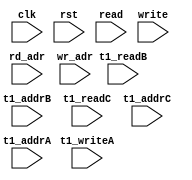
module ip_top_sva_2_smurf_2r1w
  #(
parameter     NUMADDR = 1024,
parameter     BITADDR = 10,
parameter     NUMWRPRT = 1,
parameter     NUMRDPRT = 1)
(
  input clk,
  input rst,
  input [NUMRDPRT-1:0]             read,
  input [NUMRDPRT*BITADDR-1:0]     rd_adr,
  input [NUMWRPRT-1:0]             write,
  input [NUMWRPRT*BITADDR-1:0]     wr_adr,
  input                            t1_readB,
  input [BITADDR-1:0]              t1_addrB,
  input                            t1_readC,
  input [BITADDR-1:0]              t1_addrC,
  input                            t1_writeA, 
  input [BITADDR-1:0]              t1_addrA
);

`ifdef FORMAL
//synopsys translate_off
genvar wr_int;
generate for (wr_int=0; wr_int<NUMWRPRT; wr_int=wr_int+1) begin: wr_loop
  wire write_wire = write >> wr_int;
  wire [BITADDR-1:0] wr_adr_wire = wr_adr >> (wr_int*BITADDR);

  assert_wr_range_check: assume property (@(posedge clk) disable iff (rst) write_wire |-> (wr_adr_wire < NUMADDR));
end
endgenerate

genvar t1_vbnk_int, t1_prpt_int;

genvar rd_int;
generate for (rd_int=0; rd_int<NUMRDPRT; rd_int=rd_int+1) begin: rd_loop
  wire read_wire = read >> rd_int;
  wire [BITADDR-1:0] rd_adr_wire = rd_adr >> (rd_int*BITADDR);

  assert_rd_range_check: assume property (@(posedge clk) disable iff (rst) read_wire |-> (rd_adr_wire < NUMADDR));
end
endgenerate


//synopsys translate_on
`endif
endmodule

module ip_top_sva_smurf_2r1w
#(
  parameter WIDTH = 16,
  parameter BITWDTH = 4,
  parameter NUMRDPRT = 1,
  parameter NUMWRPRT = 1,
  parameter NUMADDR  = 1024,
  parameter BITADDR  = 10,
  parameter SRAM_DELAY = 1,
  parameter FLOPIN    = 0,
  parameter FLOPOUT   = 0
)
(
  input clk,
  input rst,
  input [NUMRDPRT-1:0] read,
  input [NUMRDPRT*BITADDR-1:0] rd_adr,
  input [NUMRDPRT*WIDTH-1:0] rd_dout,
  input [NUMRDPRT-1:0] rd_vld,
  input [NUMWRPRT-1:0] write,
  input [NUMWRPRT*BITADDR-1:0] wr_adr,
  input [NUMWRPRT*WIDTH-1:0] din,
  input [NUMWRPRT*WIDTH-1:0] bw,
  input t1_writeA,
  input [WIDTH-1:0] t1_dinA,
  input [WIDTH-1:0] t1_bwA,
  input [BITADDR-1:0] t1_addrA,
  input t1_readB,
  input [WIDTH-1:0] t1_doutB,
  input [BITADDR-1:0] t1_addrB,
  input t1_readC,
  input [WIDTH-1:0] t1_doutC,
  input [BITADDR-1:0] t1_addrC,
  input [BITADDR-1:0] select_addr,
  input [BITWDTH-1:0] select_bit
);
`ifdef FORMAL
//synopsys translate_off

wire [BITADDR-1:0] wr_adr_wire [0:NUMWRPRT-1];
wire [WIDTH-1:0]   wr_din_wire [0:NUMWRPRT-1];
wire [WIDTH-1:0]   bw_wire [0:NUMWRPRT-1];
genvar wr_var;
generate for (wr_var=0; wr_var<NUMWRPRT; wr_var=wr_var+1) begin : w_loop
  assign bw_wire[wr_var]     = bw[WIDTH*(wr_var+1)-1:WIDTH*wr_var]; 
  assign wr_adr_wire[wr_var] = wr_adr[BITADDR*(wr_var+1)-1: BITADDR*wr_var];
  assign wr_din_wire[wr_var] = din[WIDTH*(wr_var+1)-1:WIDTH*wr_var];
end
endgenerate


reg meminv;
reg mem;
always @(posedge clk) 
  if(rst)
    meminv <= 1'b1;
  else begin 
    if(t1_writeA && t1_bwA[select_bit] && (t1_addrA == select_addr)) begin
      meminv <= 1'b0;
      mem <= t1_dinA[select_bit];
    end
  end

generate if (SRAM_DELAY >0) begin :dp_loop
assert_pdoutB_check: assert property (@(posedge clk) disable iff (rst)
				       (t1_readB && (t1_addrB == select_addr)) |-> ##SRAM_DELAY
                                       ($past(meminv,SRAM_DELAY) || (t1_doutB[select_bit] == $past(mem,SRAM_DELAY))));
assert_pdoutC_check: assert property (@(posedge clk) disable iff (rst)
				       (t1_readC && (t1_addrC == select_addr)) |-> ##SRAM_DELAY
                                       ($past(meminv,SRAM_DELAY) || (t1_doutC[select_bit] == $past(mem,SRAM_DELAY))));
end else begin : ndp_loop
assert_pdoutB_check: assert property (@(posedge clk) disable iff (rst)
				       (t1_readB && (t1_addrB == select_addr)) |-> ##SRAM_DELAY
                                       (meminv || (t1_doutB[select_bit] == mem)));
assert_pdoutC_check: assert property (@(posedge clk) disable iff (rst)
				       (t1_readC && (t1_addrC == select_addr)) |-> ##SRAM_DELAY
                                       (meminv || (t1_doutC[select_bit] == mem)));
end 
endgenerate

reg fakememinv;
reg fakemem;
always @(posedge clk)
  if (rst) 
    fakememinv <= 1'b1;
  else  begin
    for (integer w_int =0 ;w_int <NUMWRPRT; w_int=w_int+1) 
      if (write[w_int] && bw_wire[w_int][select_bit] && (wr_adr_wire[w_int] == select_addr)) begin
        fakememinv <= 1'b0;
        fakemem <= wr_din_wire[w_int][select_bit];
      end
  end

assert_fakemem_check: assert property (@(posedge clk) disable iff (rst) 1'b1 |-> ##1
					   (fakememinv || fakemem == mem));

genvar doutr_int;
generate for (doutr_int=0; doutr_int<NUMRDPRT; doutr_int=doutr_int+1) begin: doutr_loop
  wire read_wire = read >> doutr_int;
  wire [BITADDR-1:0] rd_adr_wire = rd_adr >> (doutr_int*BITADDR);
  wire rd_vld_wire = rd_vld >> doutr_int;
  wire [WIDTH-1:0] rd_dout_wire = rd_dout >> (doutr_int*WIDTH);

  if(FLOPIN+SRAM_DELAY+FLOPOUT>0) begin : dly_loop
  assert_dout_check: assert property (@(posedge clk) disable iff (rst) (read_wire && (rd_adr_wire == select_addr)) |-> ##(FLOPIN+SRAM_DELAY+FLOPOUT)
                                      ($past(fakememinv,FLOPIN+SRAM_DELAY+FLOPOUT) ||
                                                       ((rd_vld_wire == 1'b1) && (rd_dout_wire[select_bit] == $past(fakemem,FLOPIN+SRAM_DELAY+FLOPOUT)))));
  end else begin : ndly_loop
  assert_dout_check: assert property (@(posedge clk) disable iff (rst) (read_wire && (rd_adr_wire == select_addr)) |-> ##(FLOPIN+SRAM_DELAY+FLOPOUT)
                                      (fakememinv || ((rd_vld_wire==1'b1) && (rd_dout_wire[select_bit] == fakemem))));
  end
end
endgenerate
//synopsys translate_on
`endif

endmodule